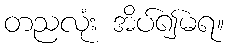
တညလုံး အိပ်၍မရ။